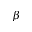
\beta